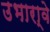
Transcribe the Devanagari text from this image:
उभारा्वे